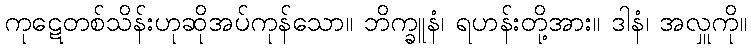
ကုဋေတစ်သိန်းဟုဆိုအပ်ကုန်သော။ ဘိက္ခူနံ၊ ရဟန်းတို့အား။ ဒါနံ၊ အလှူကို။